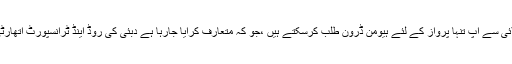
اس سال پہلی جولائی سے آپ تنہا پرواز کے لئے ہیومن ڈرون طلب کرسکتے ہیں ،جو کہ متعارف کرایا جارہا ہے دبئی کی روڈ اینڈ ٹرانسپورٹ اتھارٹی کی جانب سے ۔